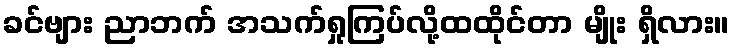
ခင်ဗျား ညာဘက် အသက်ရှုကြပ်လို့ထထိုင်တာ မျိုး ရှိလား။